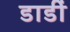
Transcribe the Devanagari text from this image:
डाडीं